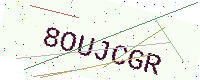
Text: 8OUJCGR